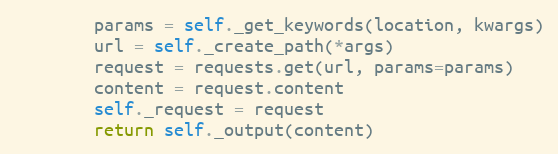
Language: Python
        params = self._get_keywords(location, kwargs)
        url = self._create_path(*args)
        request = requests.get(url, params=params)
        content = request.content
        self._request = request
        return self._output(content)